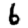
Digit: 6